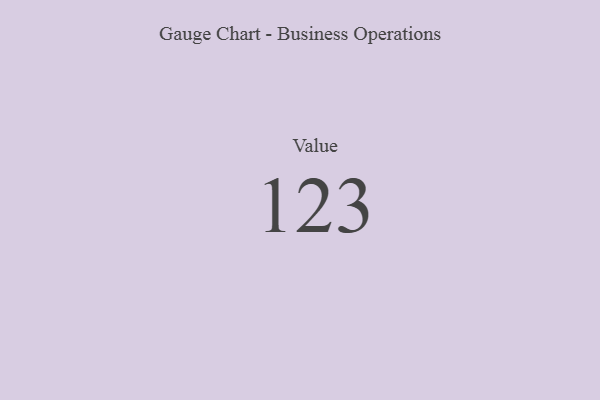
{"axis": {"x": "Metric", "y": "Value"}, "legend": [""], "data": [{"x": "Value", "y": 123, "type": ""}]}